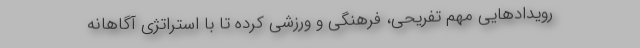
رویدادهایی مهم تفریحی، فرهنگی و ورزشی کرده تا با استراتژی آگاهانه